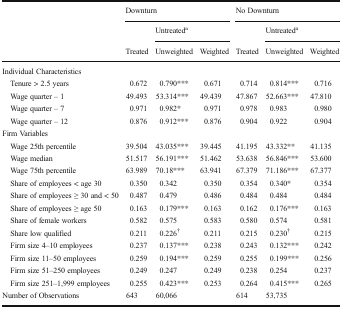
<table><thead><tr><td></td><td colspan="3"><b>Downturn</b></td><td colspan="3"><b>No Downturn</b></td></tr><tr><td></td><td></td><td colspan="2"><b>Untreated<sup>a</sup></b></td><td></td><td colspan="2"><b>Untreated<sup>a</sup></b></td></tr><tr><td></td><td><b>Treated</b></td><td><b>Unweighted</b></td><td><b>Weighted</b></td><td><b>Treated</b></td><td><b>Unweighted</b></td><td><b>Weighted</b></td></tr></thead><tbody><tr><td>Individual Characteristics</td><td></td><td></td><td></td><td></td><td></td><td></td></tr><tr><td> Tenure &gt; 2.5 years</td><td>0.672</td><td>0.790***</td><td>0.671</td><td>0.714</td><td>0.814***</td><td>0.716</td></tr><tr><td> Wage quarter – 1</td><td>49.493</td><td>53.314***</td><td>49.439</td><td>47.867</td><td>52.663***</td><td>47.810</td></tr><tr><td> Wage quarter – 7</td><td>0.971</td><td>0.982*</td><td>0.971</td><td>0.978</td><td>0.983</td><td>0.980</td></tr><tr><td> Wage quarter – 12</td><td>0.876</td><td>0.912***</td><td>0.876</td><td>0.904</td><td>0.922</td><td>0.904</td></tr><tr><td>Firm Variables</td><td></td><td></td><td></td><td></td><td></td><td></td></tr><tr><td> Wage 25th percentile</td><td>39.504</td><td>43.035***</td><td>39.445</td><td>41.195</td><td>43.332**</td><td>41.135</td></tr><tr><td> Wage median</td><td>51.517</td><td>56.191***</td><td>51.462</td><td>53.638</td><td>56.846***</td><td>53.600</td></tr><tr><td> Wage 75th percentile</td><td>63.989</td><td>70.18***</td><td>63.941</td><td>67.379</td><td>71.186***</td><td>67.377</td></tr><tr><td> Share of employees &lt; age 30</td><td>0.350</td><td>0.342</td><td>0.350</td><td>0.354</td><td>0.340*</td><td>0.354</td></tr><tr><td> Share of employees ≥ 30 and &lt; 50</td><td>0.487</td><td>0.479</td><td>0.486</td><td>0.484</td><td>0.484</td><td>0.484</td></tr><tr><td> Share of employees ≥ age 50</td><td>0.163</td><td>0.179***</td><td>0.163</td><td>0.162</td><td>0.176***</td><td>0.163</td></tr><tr><td> Share of female workers</td><td>0.582</td><td>0.575</td><td>0.583</td><td>0.580</td><td>0.574</td><td>0.581</td></tr><tr><td> Share low qualified</td><td>0.211</td><td>0.226<sup>†</sup></td><td>0.211</td><td>0.215</td><td>0.230<sup>†</sup></td><td>0.215</td></tr><tr><td> Firm size 4–10 employees</td><td>0.237</td><td>0.137***</td><td>0.238</td><td>0.243</td><td>0.132***</td><td>0.242</td></tr><tr><td> Firm size 11–50 employees</td><td>0.259</td><td>0.194***</td><td>0.259</td><td>0.255</td><td>0.199***</td><td>0.256</td></tr><tr><td> Firm size 51–250 employees</td><td>0.249</td><td>0.247</td><td>0.249</td><td>0.238</td><td>0.254</td><td>0.237</td></tr><tr><td> Firm size 251–1,999 employees</td><td>0.255</td><td>0.423***</td><td>0.253</td><td>0.264</td><td>0.415***</td><td>0.265</td></tr><tr><td>Number of Observations</td><td>643</td><td>60,066</td><td></td><td>614</td><td>53,735</td><td></td></tr></tbody></table>